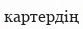
картердің